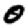
Digit: 0